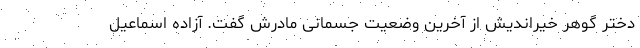
دختر گوهر خیراندیش از آخرین وضعیت جسمانی مادرش گفت. آزاده اسماعیل